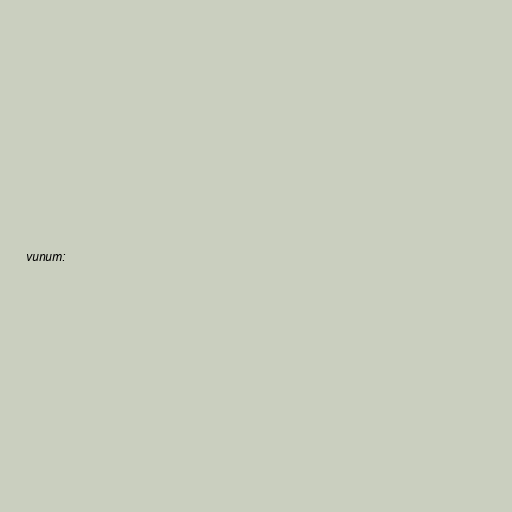
vunum: